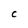
Character: C